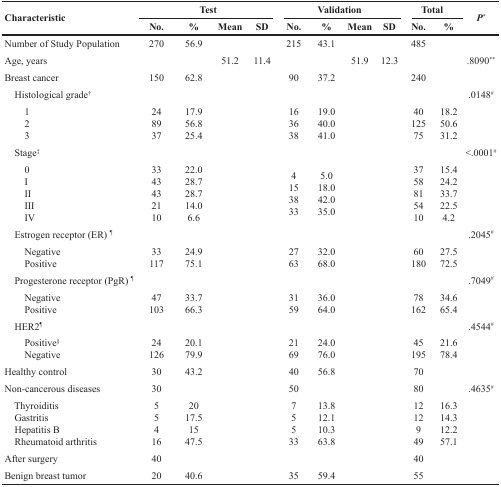
<table><thead><tr><td rowspan="2"><b>Characteristic</b></td><td colspan="4"><b>Test</b></td><td colspan="4"><b>Validation</b></td><td colspan="2"><b>Total</b></td><td rowspan="2"><b><i>P<sup>*</sup></i></b></td></tr><tr><td><b>No.</b></td><td><b>%</b></td><td><b>Mean</b></td><td><b>SD</b></td><td><b>No.</b></td><td><b>%</b></td><td><b>Mean</b></td><td><b>SD</b></td><td><b>No.</b></td><td><b>%</b></td></tr></thead><tbody><tr><td>Number of Study Population</td><td>270</td><td>56.9</td><td></td><td></td><td>215</td><td>43.1</td><td></td><td></td><td>485</td><td></td><td></td></tr><tr><td>Age, years</td><td></td><td></td><td>51.2</td><td>11.4</td><td></td><td></td><td>51.9</td><td>12.3</td><td></td><td></td><td>.8090<sup>**</sup></td></tr><tr><td>Breast cancer</td><td>150</td><td>62.8</td><td></td><td></td><td>90</td><td>37.2</td><td></td><td></td><td>240</td><td></td><td></td></tr><tr><td> Histological grade<sup>†</sup></td><td></td><td></td><td></td><td></td><td></td><td></td><td></td><td></td><td></td><td></td><td>.0148<sup>#</sup></td></tr><tr><td>123</td><td>248937</td><td>17.956.825.4</td><td></td><td></td><td>163638</td><td>19.040.041.0</td><td></td><td></td><td>4012575</td><td>18.250.631.2</td><td></td></tr><tr><td> Stage<sup>‡</sup></td><td></td><td></td><td></td><td></td><td></td><td></td><td></td><td></td><td></td><td></td><td>&lt;.0001<sup>#</sup></td></tr><tr><td>0IIIIIIIV</td><td>3343432110</td><td>22.028.728.714.06.6</td><td></td><td></td><td>4153833</td><td>5.018.042.035.0</td><td></td><td></td><td>3758815410</td><td>15.424.233.722.54.2</td><td></td></tr><tr><td> Estrogen receptor (ER) <sup>¶</sup></td><td></td><td></td><td></td><td></td><td></td><td></td><td></td><td></td><td></td><td></td><td>.2045<sup>#</sup></td></tr><tr><td>NegativePositive</td><td>33117</td><td>24.975.1</td><td></td><td></td><td>2763</td><td>32.068.0</td><td></td><td></td><td>60180</td><td>27.572.5</td><td></td></tr><tr><td> Progesterone receptor (PgR) <sup>¶</sup></td><td></td><td></td><td></td><td></td><td></td><td></td><td></td><td></td><td></td><td></td><td>.7049<sup>#</sup></td></tr><tr><td>NegativePositive</td><td>47103</td><td>33.766.3</td><td></td><td></td><td>3159</td><td>36.064.0</td><td></td><td></td><td>78162</td><td>34.665.4</td><td></td></tr><tr><td> HER2<sup>¶</sup></td><td></td><td></td><td></td><td></td><td></td><td></td><td></td><td></td><td></td><td></td><td>.4544<sup>#</sup></td></tr><tr><td>Positive<sup>§</sup>Negative</td><td>24126</td><td>20.179.9</td><td></td><td></td><td>2169</td><td>24.076.0</td><td></td><td></td><td>45195</td><td>21.678.4</td><td></td></tr><tr><td>Healthy control</td><td>30</td><td>43.2</td><td></td><td></td><td>40</td><td>56.8</td><td></td><td></td><td>70</td><td></td><td></td></tr><tr><td>Non-cancerous diseases</td><td>30</td><td></td><td></td><td></td><td>50</td><td></td><td></td><td></td><td>80</td><td></td><td>.4635<sup>#</sup></td></tr><tr><td> Thyroiditis Gastritis Hepatitis B Rheumatoid arthritis</td><td>55416</td><td>2017.51547.5</td><td></td><td></td><td>75533</td><td>13.812.110.363.8</td><td></td><td></td><td>1212949</td><td>16.314.312.257.1</td><td></td></tr><tr><td>After surgery</td><td>40</td><td></td><td></td><td></td><td></td><td></td><td></td><td></td><td>40</td><td></td><td></td></tr><tr><td>Benign breast tumor</td><td>20</td><td>40.6</td><td></td><td></td><td>35</td><td>59.4</td><td></td><td></td><td>55</td><td></td><td></td></tr></tbody></table>